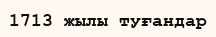
1713 жылы туғандар